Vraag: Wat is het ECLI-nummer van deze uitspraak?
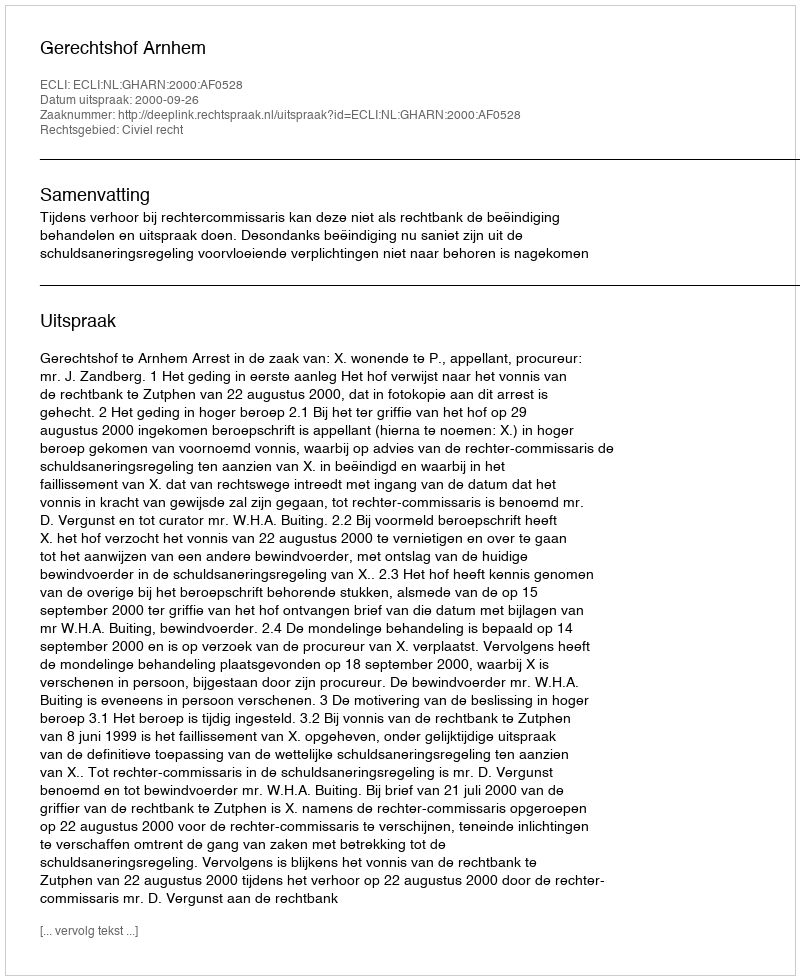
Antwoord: ECLI:NL:GHARN:2000:AF0528